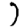
Digit: 7